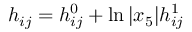
h _ { i j } = h _ { i j } ^ { 0 } + \ln \vert x _ { 5 } \vert h _ { i j } ^ { 1 }